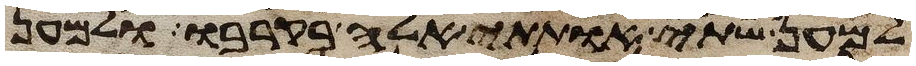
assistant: למען שתי אתותי אלה בקרבו ולמען